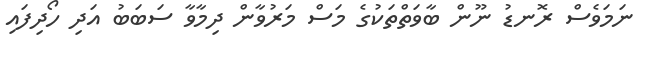
ނަމަވެސް ރޮނޑު ނޫން ބާވަތްތަކުގެ މަސް މަރުވާން ދިމާވާ ސަބަބު އަދި ހޯދިފައި